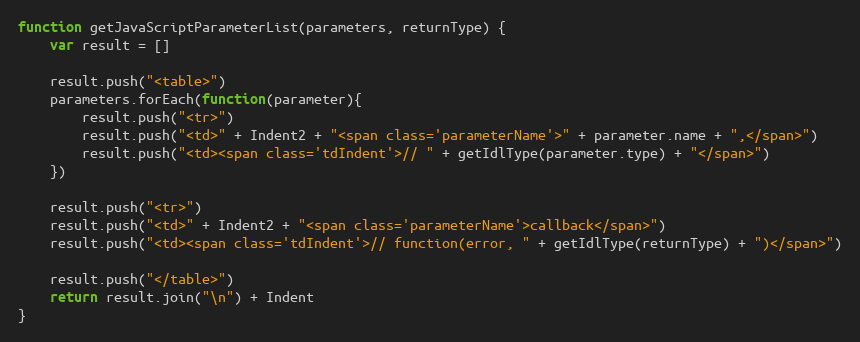
Language: JavaScript
function getJavaScriptParameterList(parameters, returnType) {
    var result = []

    result.push("<table>")
    parameters.forEach(function(parameter){
        result.push("<tr>")
        result.push("<td>" + Indent2 + "<span class='parameterName'>" + parameter.name + ",</span>")
        result.push("<td><span class='tdIndent'>// " + getIdlType(parameter.type) + "</span>")
    })

    result.push("<tr>")
    result.push("<td>" + Indent2 + "<span class='parameterName'>callback</span>")
    result.push("<td><span class='tdIndent'>// function(error, " + getIdlType(returnType) + ")</span>")

    result.push("</table>")
    return result.join("\n") + Indent
}